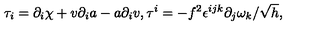
\tau _ { i } = \partial _ { i } \chi + v \partial _ { i } a - a \partial _ { i } v , \tau ^ { i } = - f ^ { 2 } \epsilon ^ { i j k } \partial _ { j } \omega _ { k } / \sqrt { h } ,